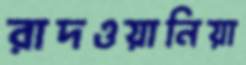
রাদওয়ানিয়া